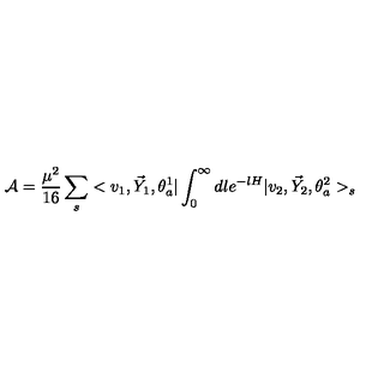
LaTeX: { \cal A } = \frac { \mu ^ { 2 } } { 1 6 } \sum _ { s } < v _ { 1 } , \vec { Y } _ { 1 } , \theta _ { a } ^ { 1 } | \int _ { 0 } ^ { \infty } d l e ^ { - l H } | v _ { 2 } , \vec { Y } _ { 2 } , \theta _ { a } ^ { 2 } > _ { s }